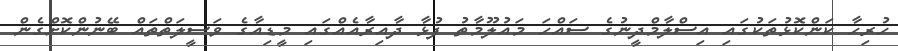
ހުރިހާ ކަންކޮޅުތަކުގައި އިސްލާމްދީނުގެ ސައްހަ މައުލޫމާތު ފުޅާ ދާއިރާއެއްގައި މީޑިއާގެ ވަސީލަތްތައް ބޭނުންކޮށްގެން